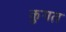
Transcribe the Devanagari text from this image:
कुगत